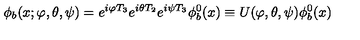
\phi _ { b } ( x ; \varphi , \theta , \psi ) = e ^ { i \varphi T _ { 3 } } e ^ { i \theta T _ { 2 } } e ^ { i \psi T _ { 3 } } \phi _ { b } ^ { 0 } ( x ) \equiv U ( \varphi , \theta , \psi ) \phi _ { b } ^ { 0 } ( x )